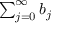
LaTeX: \textstyle \sum _ { j = 0 } ^ { \infty } b _ { j }